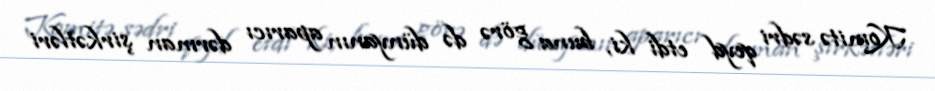
Komitə sədri qeyd etdi ki, buna görə də dünyanın aparıcı dərman şirkətləri